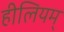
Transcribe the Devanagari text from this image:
हीलियम्